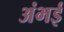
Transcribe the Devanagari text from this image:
अंभई